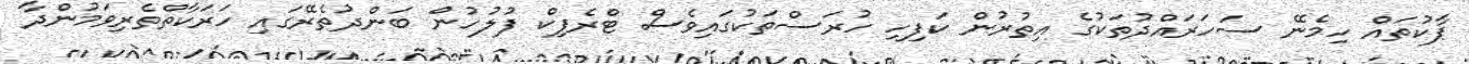
ޕާކުތައް ހިމެނޭ ސަހަރައްދުތަކުގެ އިތުުރުން ކަފިހި ހުރަސްތަކުގައިވެސް ޓްރެފިކް ފުލުހުން ބަންދުތެރޭގައި ހަރަކާތްތެރިވަމުންދާ